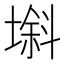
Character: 𱗯